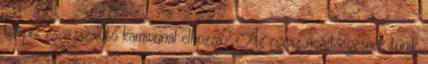
telepre és vízszállító kamionnal elhozza? Az egész nevetségesnek tűnik